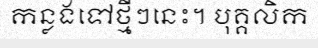
កន្លងទៅថ្មីៗនេះ។ បុគ្គលិក